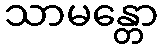
သာမန္တော